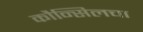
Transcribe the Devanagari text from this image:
कौन्सिलचा